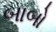
બાબો